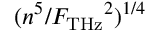
( { { n ^ { 5 } } / { { F _ { \mathrm { { T H z } } } } ^ { 2 } } } ) ^ { 1 / 4 }